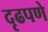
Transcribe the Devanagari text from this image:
दृढपणे